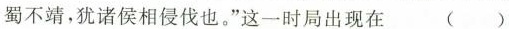
蜀不靖，犹诸侯相侵伐也。”这一时局出现在 ()